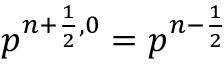
p ^ { n + \frac { 1 } { 2 } , 0 } = p ^ { n - \frac { 1 } { 2 } }